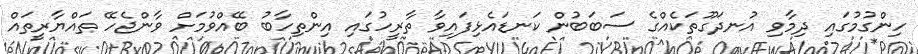
ހިންގުމުގައި ދިމާވި އުނދަގޫތަކެއްގެ ސަބަބުން ކަނޑައެޅިފައިވާ ތާރީހުގައި އިންތިހާބު ބޭއްވުމަށް ވާންޖެހޭ ތައްޔާރީތައް